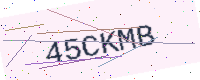
Text: 45CKMB